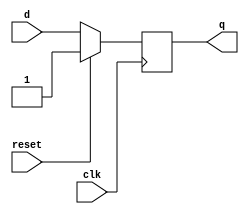
module xup_dff_set #(parameter DELAY = 3)(
    input d,
    input clk, 
    input  reset,
    output q
    );
    reg q;
    
    always @(posedge clk)
    begin 
        if(reset)
            q<= #DELAY 1;
        else  
            q<= #DELAY d;            
    end
    
endmodule